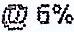
@ 6%